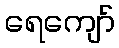
ရေကျော်